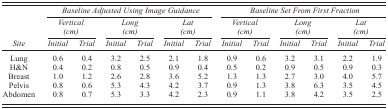
<table><thead><tr><td></td><td colspan="6"><b><i>Baseline Adjusted Using Image Guidance</i></b></td><td colspan="6"><b><i>Baseline Set From First Fraction</i></b></td></tr><tr><td></td><td colspan="2"><b><i>Vertical (cm)</i></b></td><td colspan="2"><b><i>Long (cm)</i></b></td><td colspan="2"><b><i>Lat (cm)</i></b></td><td colspan="2"><b><i>Vertical (cm)</i></b></td><td colspan="2"><b><i>Long (cm)</i></b></td><td colspan="2"><b><i>Lat (cm)</i></b></td></tr><tr><td><b><i>Site</i></b></td><td><b><i>Initial</i></b></td><td><b><i>Trial</i></b></td><td><b><i>Initial</i></b></td><td><b><i>Trial</i></b></td><td><b><i>Initial</i></b></td><td><b><i>Trial</i></b></td><td><b><i>Initial</i></b></td><td><b><i>Trial</i></b></td><td><b><i>Initial</i></b></td><td><b><i>Trial</i></b></td><td><b><i>Initial</i></b></td><td><b><i>Trial</i></b></td></tr></thead><tbody><tr><td>Lung</td><td>0.6</td><td>0.4</td><td>3.2</td><td>2.5</td><td>2.1</td><td>1.8</td><td>0.9</td><td>0.6</td><td>3.2</td><td>3.1</td><td>2.2</td><td>1.9</td></tr><tr><td>H&amp;N</td><td>0.4</td><td>0.2</td><td>0.8</td><td>0.5</td><td>0.9</td><td>0.4</td><td>0.5</td><td>0.2</td><td>0.9</td><td>0.5</td><td>0.9</td><td>0.3</td></tr><tr><td>Breast</td><td>1.0</td><td>1.2</td><td>2.6</td><td>2.8</td><td>3.6</td><td>5.2</td><td>1.3</td><td>1.3</td><td>2.7</td><td>3.0</td><td>4.0</td><td>5.7</td></tr><tr><td>Pelvis</td><td>0.8</td><td>0.6</td><td>5.3</td><td>4.3</td><td>4.2</td><td>3.7</td><td>0.9</td><td>1.3</td><td>3.8</td><td>6.3</td><td>3.5</td><td>4.5</td></tr><tr><td>Abdomen</td><td>0.8</td><td>0.7</td><td>5.3</td><td>3.3</td><td>4.2</td><td>2.3</td><td>0.9</td><td>1.1</td><td>3.8</td><td>4.2</td><td>3.5</td><td>2.5</td></tr></tbody></table>